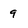
Character: 9